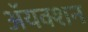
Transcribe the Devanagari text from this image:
ॲयक्शन